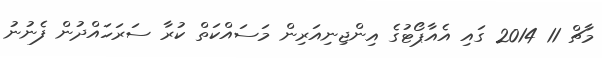
މާޗް 11 2014 ގައި އެއާޕޯޓުގެ އިންޖިނިއަރިން މަސައްކަތް ކުރާ ސަރަހައްދުން ފެނުނު